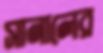
সানালের